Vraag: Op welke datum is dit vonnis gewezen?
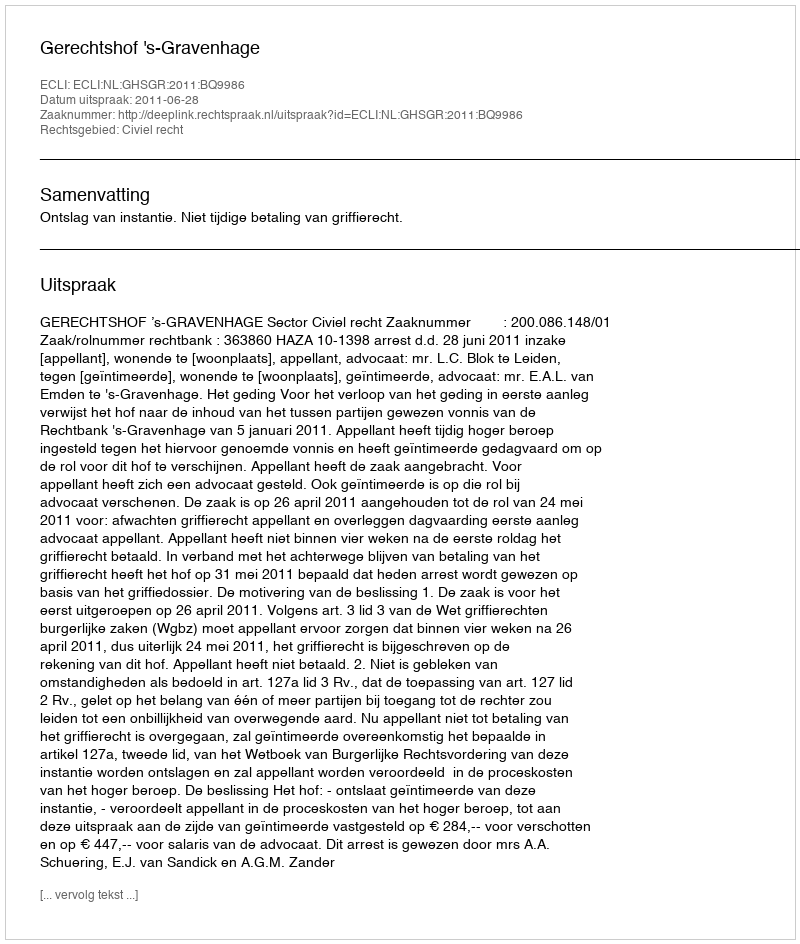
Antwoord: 2011-06-28